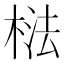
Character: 𱣰